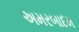
અમરબાદમ